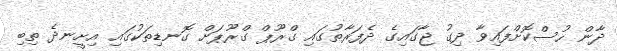
ދާން ހުސްކޮށްފައިވާ ދިގު ޖާގައިގެ ދެފަރާތުގައި ގްރޫޕް ގްރޫޕަށް ގޮނޑިތަކުގައި އިށީނދެ ތިބި